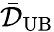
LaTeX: \bar{\mathcal{D}}_{\mathrm{UB}}